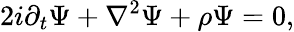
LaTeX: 2i\partial_{t}\Psi+\nabla^{2}\Psi+{\rho}\Psi=0,